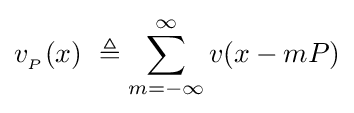
v_{_{P}}(x)\ \triangleq \sum _{m=-\infty }^{\infty }v(x-mP)